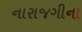
નારાજગીના